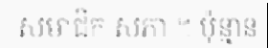
សមាជិក សភា ។ ប៉ុន្មាន